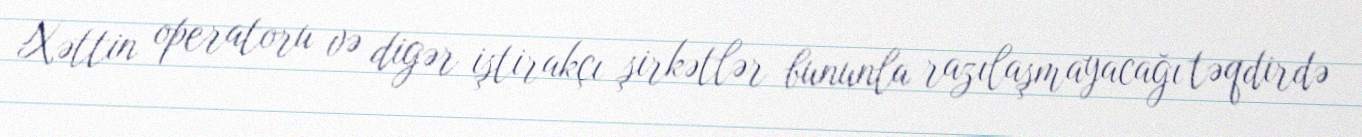
Xəttin operatoru və digər iştirakçı şirkətlər bununla razılaşmayacağı təqdirdə